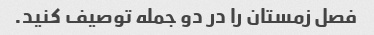
فصل زمستان را در دو جمله توصیف کنید.